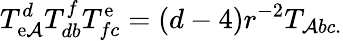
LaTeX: T_{\mathrm{e}\mathcal{A}}^{d}T_{db}^{f}T_{fc}^{\mathrm{e}}=(d-4)r^{-2}T_{\mathcal{A}bc.}